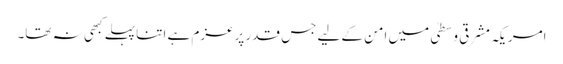
امریکہ مشرقی وسطیٰ میں امن کے لیے جس قدر پرعزم ہے اتنا پہلے کبھی نہ تھا۔